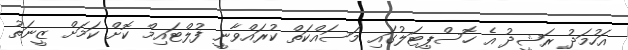
އަހުމަދު ރަޝީދު އެ ހޮސްޕިޓަލުގައި މަސައްކަތް ކުރައްވާނީ ފުލްޓައިމް ކޮށް ކަމަށް ޒީނަތު